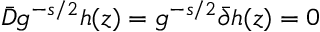
\bar { D } g ^ { - s / 2 } h ( z ) = g ^ { - s / 2 } \bar { \partial } h ( z ) = 0